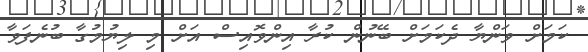
ކަމަށް ވަންޔާ ދެކަމަށް ބޭނުން ކުރާ އިންވޮއިސް އަށް މި ލިޔުމުގާ ބުނެފަވާ